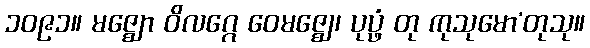
၁၀၉၁။ မဇ္ဈော ဝိလဂ္ဂေ ဝေမဇ္ဈေ၊ ပုပ္ဖံ တု ကုသုမော’တုသု။